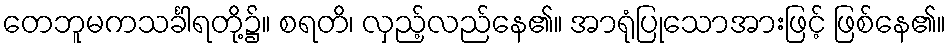
တေဘူမကသင်္ခါရတို့၌။ စရတိ၊ လှည့်လည်နေ၏။ အာရုံပြုသောအားဖြင့် ဖြစ်နေ၏။